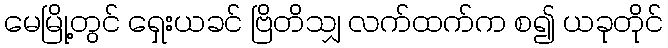
မေမြို့တွင် ရှေးယခင် ဗြိတိသျှ လက်ထက်က စ၍ ယခုတိုင်